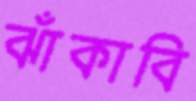
ঝাঁকাবি